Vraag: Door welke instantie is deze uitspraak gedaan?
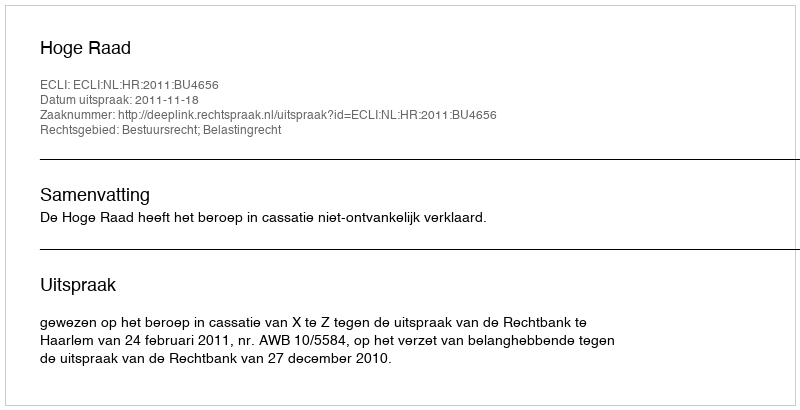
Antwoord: Hoge Raad